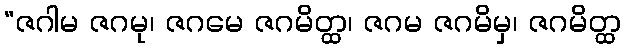
“ဇဂါမ ဇဂမု၊ ဇဂမေ ဇဂမိတ္ထ၊ ဇဂမ ဇဂမိမှ၊ ဇဂမိတ္ထ